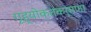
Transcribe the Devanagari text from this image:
गृह्योक्तकर्मणा